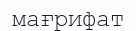
мағрифат